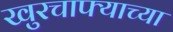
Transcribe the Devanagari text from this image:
खुरचाफ्याच्या